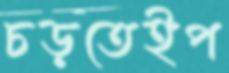
চড়তেইপ